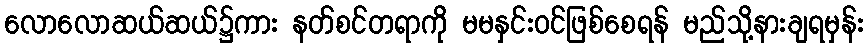
လောလောဆယ်ဆယ်၌ကား နတ်စင်တရာကို မမနှင်းဝင်ဖြစ်စေရန် မည်သို့နားချရမှန်း